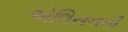
એલિસનની